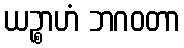
ယဉ္စာဟံ ဘဂဝတာ